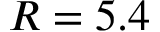
R = 5 . 4